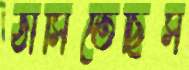
ঠাসিতেছিস